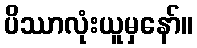
ပိဿာလုံးယူမှနော်။